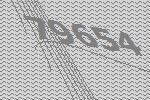
79654